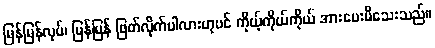
မြန်မြန်လုပ်၊ မြန်မြန် ဖြတ်လိုက်ပါလားဟုပင် ကိုယ့်ကိုယ်ကိုယ် အားပေးမိသေးသည်။